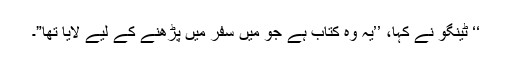
‘‘ ٹینگو نے کہا، ’’یہ وہ کتاب ہے جو میں سفر میں پڑھنے کے لیے لایا تھا”۔